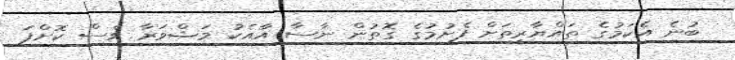
ބުނެ އެކަމުގެ ތައްޔާރީތަށް ފެށުމުގެ ގޮތުން ނާސާ އާއެކު މަޝްވަރާ ވެސް ކޮށްފަ